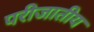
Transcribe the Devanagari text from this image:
परीजातीय